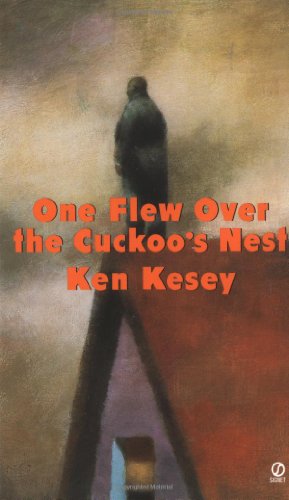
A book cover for One Flew Over the Cuckoo's Nest (Signet); Ken Kesey; Mystery, Thriller & Suspense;